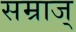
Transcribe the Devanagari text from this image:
सम्राज्